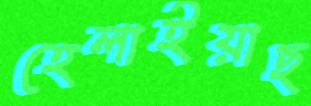
হেলাইয়াছ